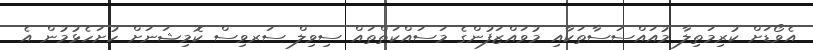
އެވޯޑަށް ކުރިމަތިލާ މުއައްސަސާތަކާއި މުވައްޒަފުންގެ މަސައްކަތްތައް ސިވިލް ސަރވިސް ކޮމިޝަނަށް ހުށަހެޅުމުން އެ